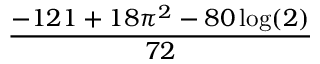
\frac { - 1 2 1 + 1 8 \pi ^ { 2 } - 8 0 \log ( 2 ) } { 7 2 }